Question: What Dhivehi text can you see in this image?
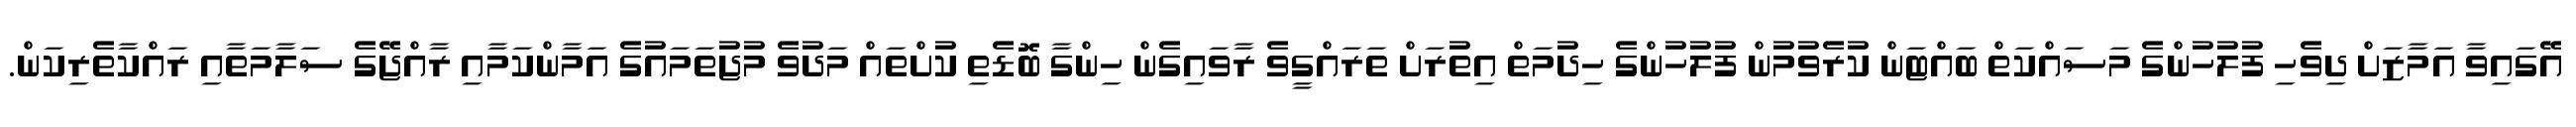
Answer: އޭގައިވާ އަމާޒަށް ދިވެހި ފުލުހުންގެ މަސައްކަތް ބައްޓަން ކުރެވުމުން ފުލުހުންގެ ހިދުމަތް އިތުރަށް ތަރައްގީވެ ރާވައިގެން ހިންގާ ބޮޑެތި ކުށްތައް މަދުވެ މުޖުތަމައުގެ އަމާންކަމާއި ރާއްޖޭގެ ސަލާމަތާއި ރައްކާތެރިކަން.